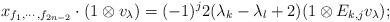
LaTeX: \begin{align*} x_{f_1,\cdots,f_{2n-2}}\cdot (1\otimes v_{\lambda})=(-1)^{j}2(\lambda_k-\lambda_l+2) (1\otimes E_{k,j} v_{\lambda});\end{align*}